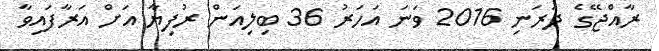
ރާއްޖޭގެ ދަރަނި 2016 ވަނަ އަހަރު 36 ބިލިއަން ރުފިޔާ އަށް އަރާފައިވާ